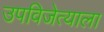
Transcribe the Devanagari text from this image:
उपविजेत्याला